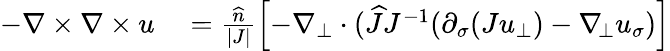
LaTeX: \begin{array}{rl}{-\nabla\times\nabla\times u}&{{}=\frac{\widehat{n}}{|J|}\left[-\nabla_{\bot}\cdot(\widehat{J}J^{-1}(\partial_{\sigma}(Ju_{\bot})-\nabla_{\! \bot}u_{\sigma})\right]}\end{array}